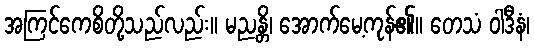
အကြင်ကေစိတို့သည်လည်း။ မညန္တိ၊ အောက်မေ့ကုန်၏။ တေသံ ဝါဒီနံ၊